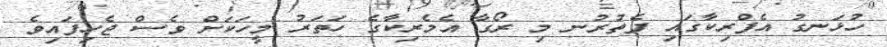
ހުޅަނގު އެފްރިކާގައި ފެތުރުނ މި ރޯގާ އެމެރިކާގެ ހަތަރު މީހަކަށް ވެސް ޖެހިފައިވެ